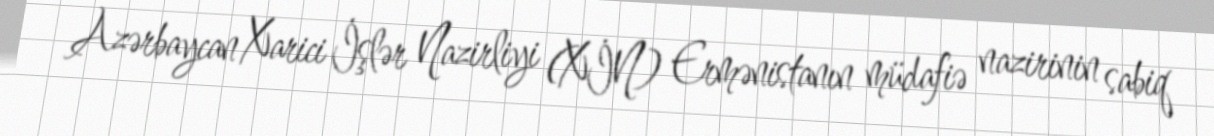
Azərbaycan Xarici İşlər Nazirliyi (XİN) Ermənistanın müdafiə nazirinin sabiq